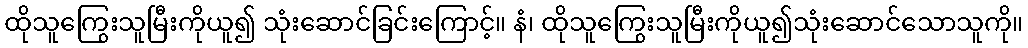
ထိုသူကြွေးသူမြီးကိုယူ၍ သုံးဆောင်ခြင်းကြောင့်။ နံ၊ ထိုသူကြွေးသူမြီးကိုယူ၍သုံးဆောင်သောသူကို။